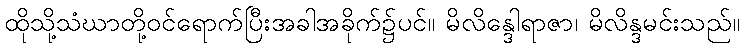
ထိုသို့သံဃာတို့ဝင်ရောက်ပြီးအခါအခိုက်၌ပင်။ မိလိန္ဒေါရာဇာ၊ မိလိန္ဒမင်းသည်။